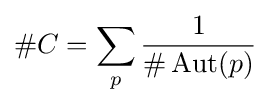
\#C=\sum _{p}{1 \over \#\operatorname {Aut} (p)}